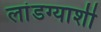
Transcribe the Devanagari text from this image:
लांडग्याशी